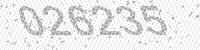
Solution: 026235